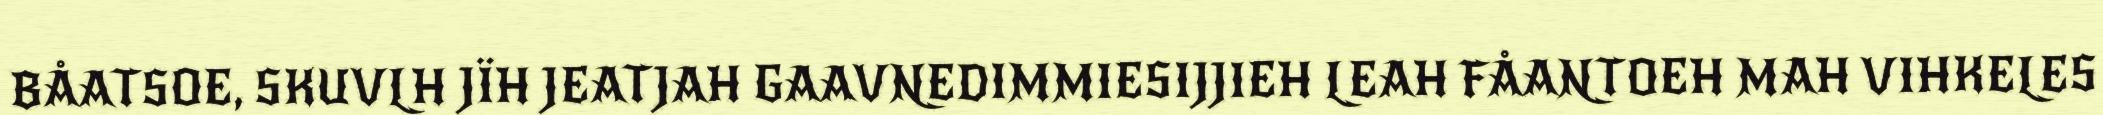
BÅATSOE, SKUVLH JÏH JEATJAH GAAVNEDIMMIESIJJIEH LEAH FÅANTOEH MAH VIHKELES